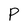
Character: P